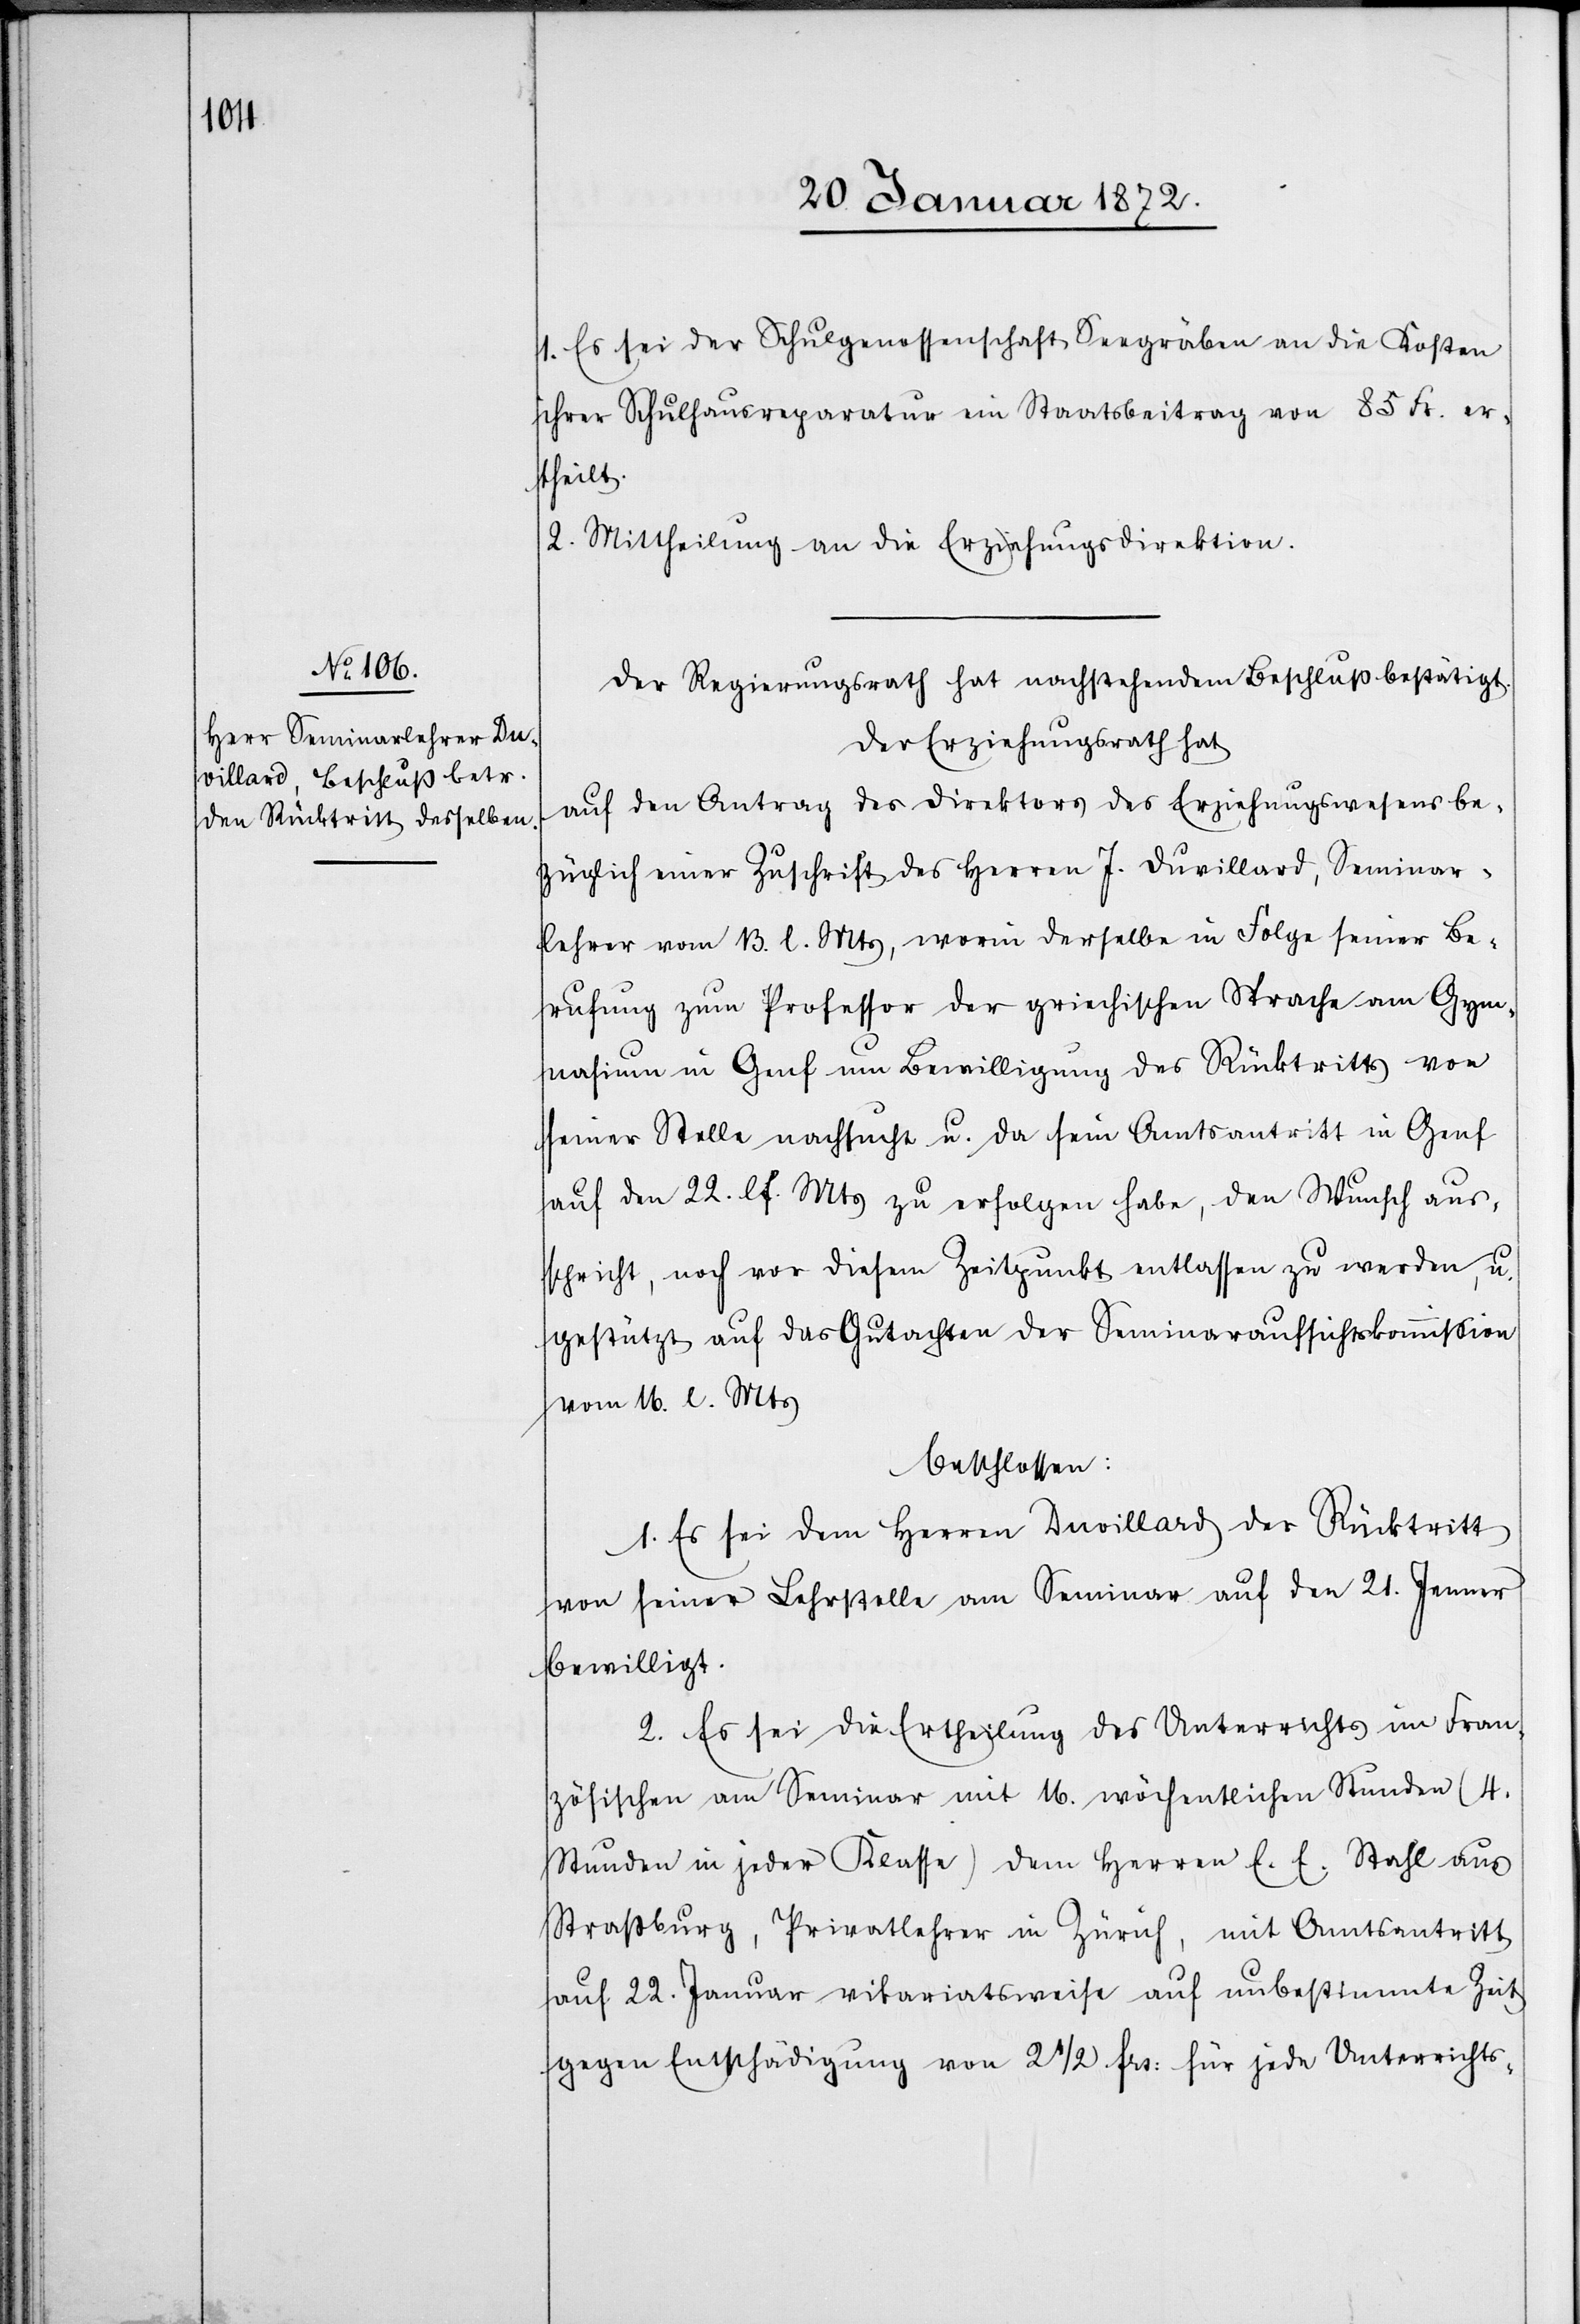
1. Es sei der Schulgenossenschaft Seegräben an die Kosten
ihrer Schulhausreparatur ein Staatsbeitrag von 85 Fr. er¬
theilt.
2. Mittheilung an die Erziehungsdirektion.
Der Regierungsrath hat nachstehenden Beschluß bestätigt.
Der Erziehungsrath hat
auf den Antrag des Direktors des Erziehungswesens be¬
züglich einer Zuschrift des Herren J. Duvillard, Seminar¬
lehrer vom 13. l. Mts, worin derselbe in Folge seiner Be¬
rufung zum Professor der griechischen Sprache am Gym¬
nasium in Genf um Bewilligung des Rücktritts von
seiner Stelle nachsucht u. da sein Amtsantritt in Genf
auf den 22. lf. Mts zu erfolgen habe, den Wunsch aus¬
spricht, noch vor diesem Zeitpunkt entlassen zu werden, u.
gestützt auf das Gutachten der Seminaraufsichtskommission
vom 16. l. Mts
beschlossen:
1. Es sei dem Herren Duvillard der Rücktritt
von seiner Lehrstelle am Seminar auf den 21. Jenner
bewilligt.
2. Es sei die Ertheilung des Unterrichts im Fran¬
zösischen am Seminar mit 16. wöchentlichen Stunden (4.
Stunden in jeder Klasse) dem Herren E. E. Stahl aus
Straßburg, Privatlehrer in Zürich, mit Amtsantritt
auf 22. Januar vikariatsweise auf unbestimmte Zeit
gegen Entschädigung von 2 1/2 frs: für jede Unterrichts-